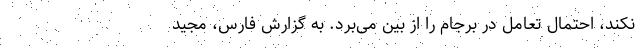
نکند، احتمال تعامل در برجام را از بین می‌برد. به گزارش فارس، مجید